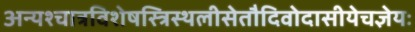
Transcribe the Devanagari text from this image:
अन्यश्चात्रविशेषस्त्रिस्थलीसेतौदिवोदासीयेचज्ञेयः